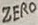
Text: ZERO